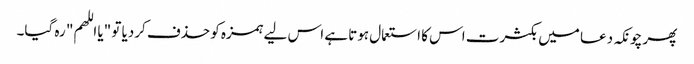
پھر چونکہ دعا میں بکثرت اس کا استعمال ہوتا ہے اس لیے ہمزہ کو حذف کردیا تو "یا اللھم" رہ گیا۔